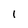
Character: 1